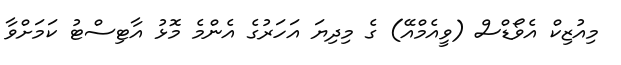
މިއުޒިކް އެވޯޑްސް (ވީއެމްއޭ) ގެ މިދިޔަ އަހަރުގެ އެންމެ މޮޅު އާޓިސްޓު ކަމަށްވާ